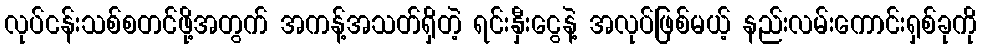
လုပ်ငန်းသစ်စတင်ဖို့အတွက် အကန့်အသတ်ရှိတဲ့ ရင်းနှီးငွေနဲ့ အလုပ်ဖြစ်မယ့် နည်းလမ်းကောင်းရှစ်ခုကို